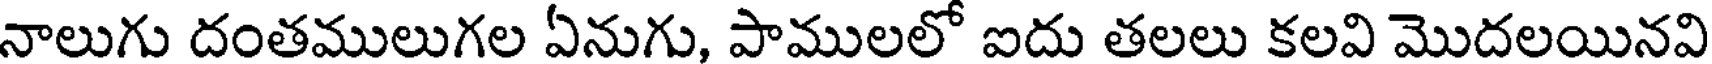
నాలుగు దంతములుగల ఏనుగు, పాములలో ఐదు తలలు కలవి మొదలయినవి